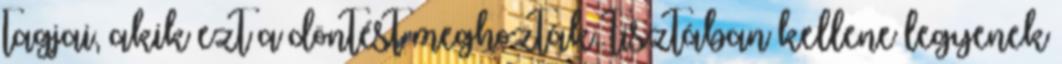
tagjai, akik ezt a döntést meghozták, tisztában kellene legyenek